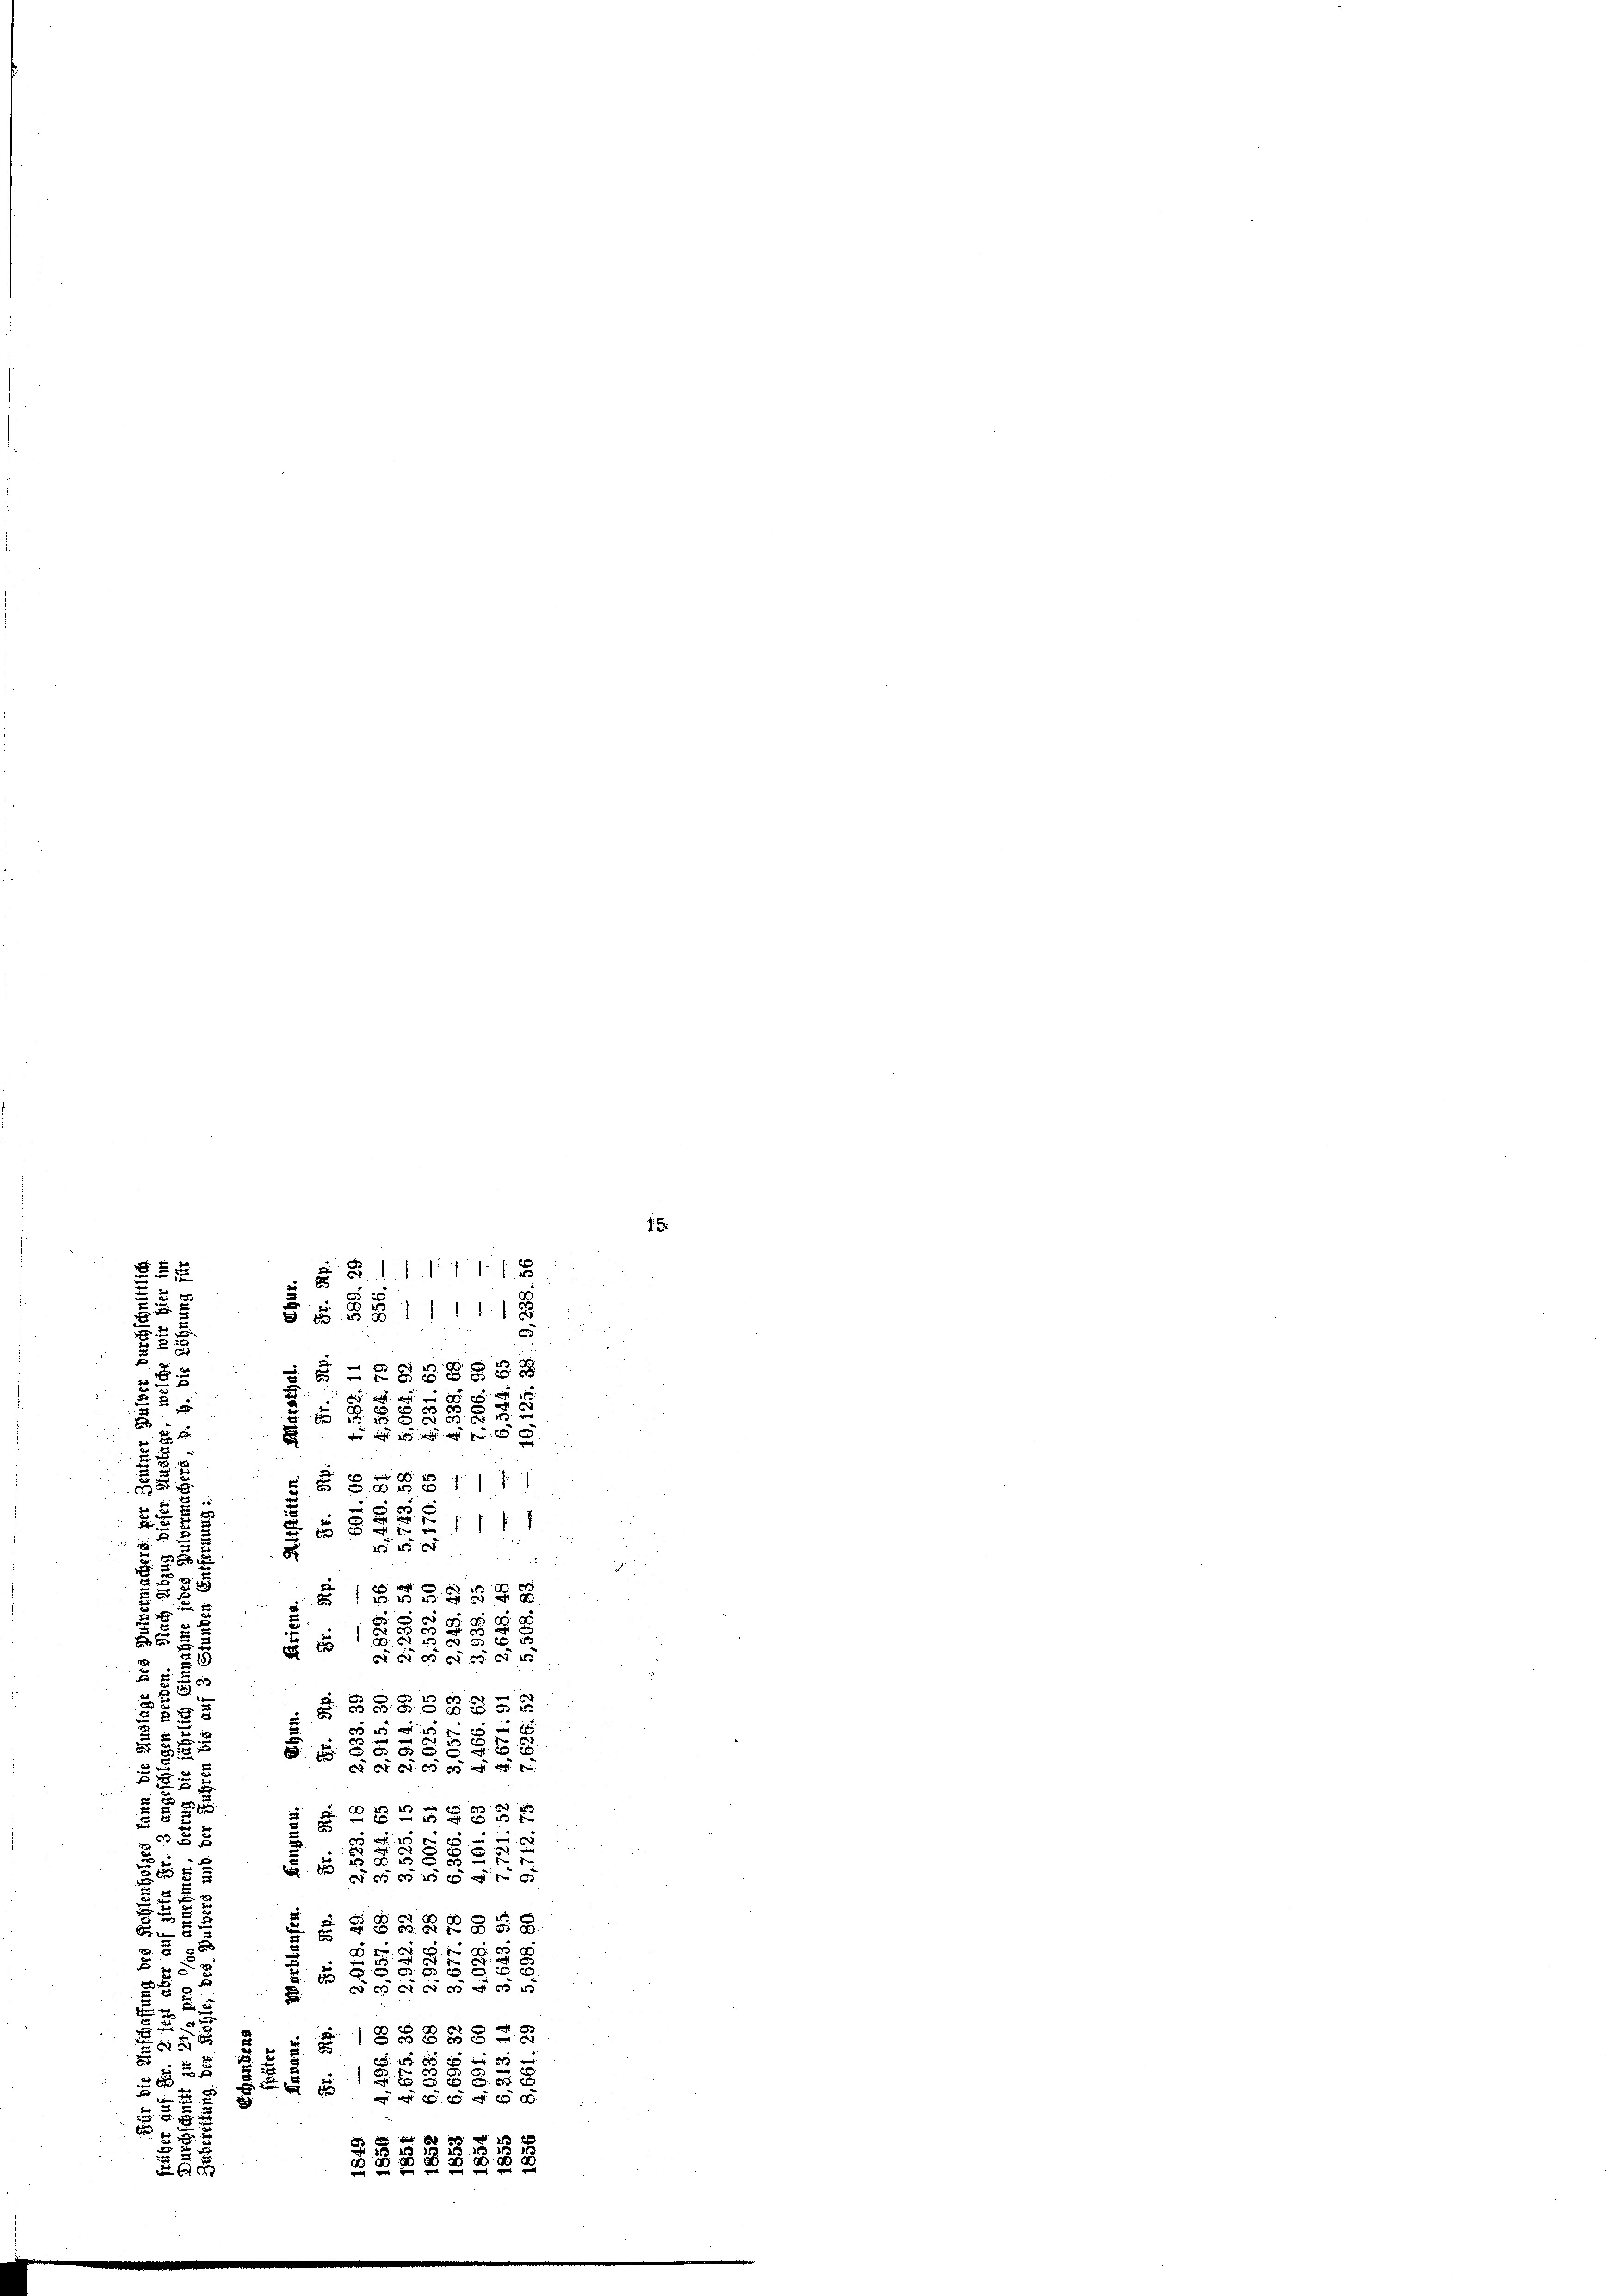
2 x 2
2

u

e
8
5
22
5
2
d

§ §§ 288

8
5
.
e
a
“

d
.
43 er

.
2
 0 f 0 x
e
2
2
x

5

2
i
3
s
.
 x
s
3
u
113 f 50
0 f 0 x
.
x

.

8 x 2 x 20 x
8
5
3
6 x
x
3 x
r
2
 0 x
a
8
8
c
d
h
6 x

 xx
 6 f 0 x
 xx
2
u

1
5
f
 xx
t
 f 0 xx
s

u
x
t
e
d
52
2
3

x
e

55

u
g
u
2
32
d

.
d
2
e
4

d

15
 § § 1711 f 1 x
f
 65 § 2111 11
c

.
26 d
rSe 8888
e
eigt nicht nicht
8

x

0 x xx
 11 ff
 xx
x
e
2
28

85

2
d
c d0 80 a

25
¬